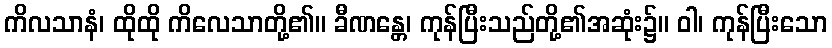
ကိလသာနံ၊ ထိုထို ကိလေသာတို့၏။ ခီဏန္တေ၊ ကုန်ပြီးသည်တို့၏အဆုံး၌။ ဝါ၊ ကုန်ပြီးသော